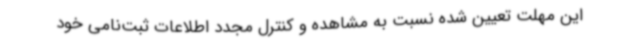
این مهلت تعیین شده نسبت به مشاهده و کنترل مجدد اطلاعات ثبت‌نامی خود